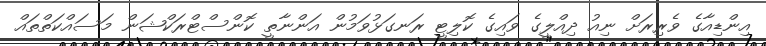
އިންޑިއާގެ ވެރިރަށް ނިއު ދިއްލީގެ ވައިގެ ކޮލިޓީ ރަނގަޅުވަމުން އަންނާތީ ކޮންސްޓްރަކްޝަން މަސައްކަތްތައް